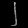
Digit: ၂